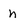
Character: n